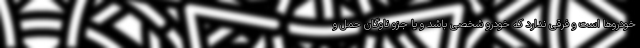
خودروها است و فرقی ندارد که خودرو شخصی باشد و یا جزو ناوگان حمل و